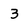
Character: 3